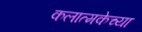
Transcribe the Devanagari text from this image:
कलात्मकेच्या